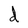
Character: d